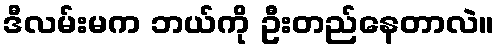
ဒီလမ်းမက ဘယ်ကို ဦးတည်နေတာလဲ။